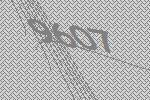
9607